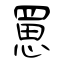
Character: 罳